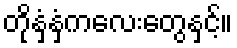
တိုနှံ့နှံ့ကလေးတွေနှင့်။